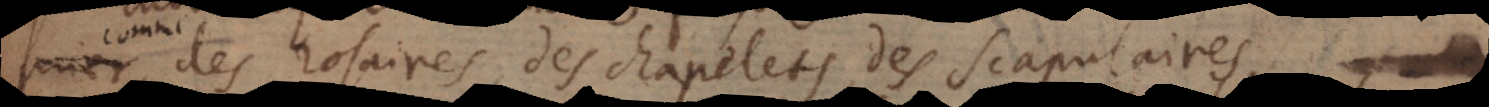
osaires, des chapelets, des scapulaires,